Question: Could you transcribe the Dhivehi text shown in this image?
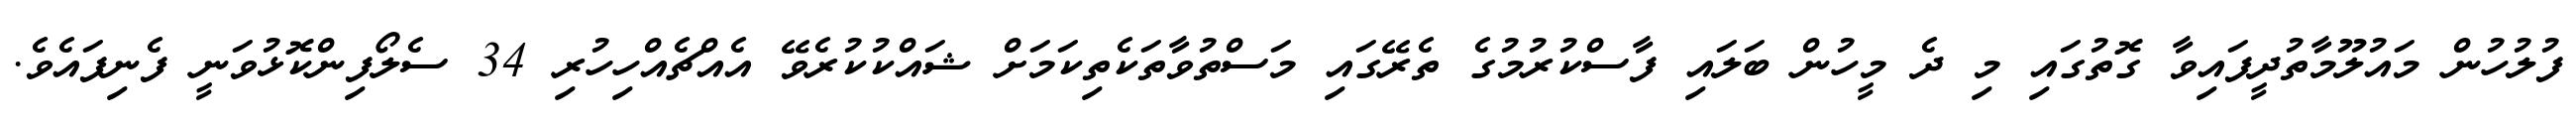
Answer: ފުލުހުން މައުލޫމާތުދީފައިވާ ގޮތުގައި މި ދެ މީހުން ބަލައި ފާސްކުރުމުގެ ތެރޭގައި މަސްތުވާތަކެތިކަމަށް ޝައްކުކުރެވޭ އެއްޗެއްހިހުރި 34 ސެލޯފިންކޮޅުވަނީ ފެނިފައެވެ.